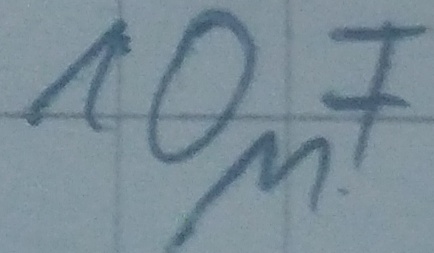
Text: 10µF